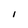
Character: l